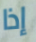
إذا